Report on vaccination in Madras 1895-1903 - 1895-1903
Year: 1895
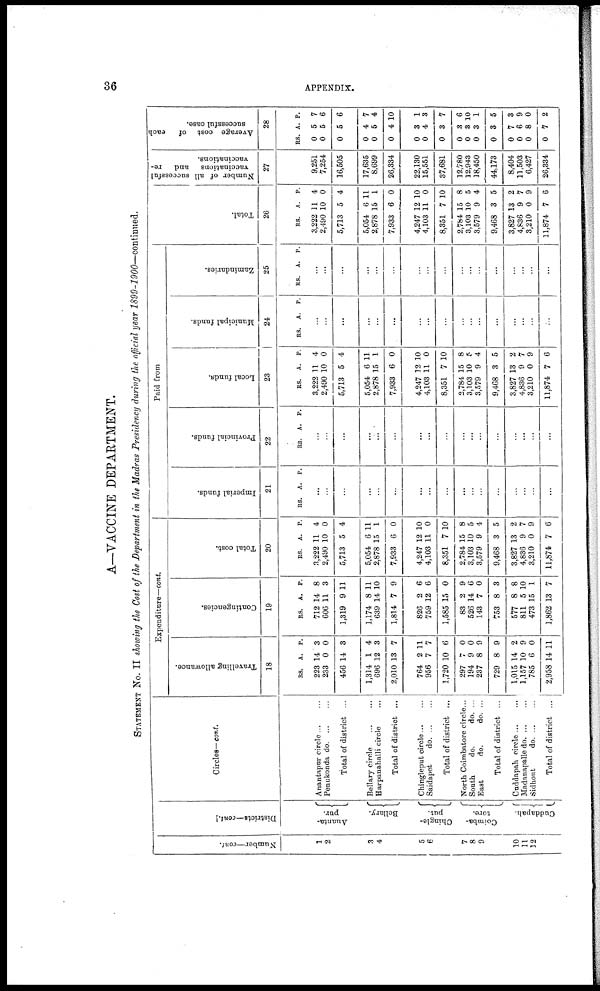
36
APPENDIX.
A—VACCINE DEPARTMENT.
STATEMENT No. II showing the Cost of the Department in the Madras Presidency during the official year 1899-1900—continued.
Number—cont.
1
2
3
4
5
6
7
8
9
10
11
12
Districts—cont.
Ananta¬
pur.
Bellary.
Chingle¬
put.
Coimba¬
tore.
Cuddapah.
Circles—cont.
Anantapur circle ... ...
Penukonda do. ... ...
Total of district ...
Bellary circle
...
...
Harpanahalli circle ...
Total of district ...
Chingleput circle ... ...
Saidapet
d
o
. ... ...
Total of district ...
North Coimbatore circle...
South
do.
do. ...
East
do.
do. ...
Total of district ...
Cuddapah circle ... ...
Madanapalle d
o
. ... ...
Sidhout
d
o
. ... ...
Total of district ...
Expenditure—cont.
Travelling allowance.
18
RS.
223
233
456
1,314
696
2,010
764
956
1,720
297
194
237
729
1,015
1,157
785
2,958
A.
14
0
14
1
12
13
2
7
10
7
9
8
8
14
10
6
14
P.
3
0
3
4
3
7
11
7
6
0
0
9
9
2
9
0
11
Contingencies.
19
RS.
712
606
1,319
1,174
639
1,814
826
759
1,585
83
526
143
753
577
811
473
1,862
A.
14
11
9
8
14
7
2
12
15
2
14
7
8
8
5
15
13
P.
8
3
11
11
10
9
6
6
0
9
6
0
3
8
10
1
7
Total cost.
20
RS.
3,222
2,490
5,713
5,054
2,878
7,933
4,247
4,103
8,351
2,784
3,103
3,579
9,468
3,827
4,836
3,210
11,874
A.
11
10
5
6
15
6
12
11
7
15
10
9
3
13
9
0
7
P.
4
0
4
11
1
0
10
0
10
8
5
4
5
2
7
9
6
Paid from
Imperial funds.
21
RS. A. P.
...
...
...
...
...
...
...
...
...
...
...
...
...
...
...
...
...
Provincial funds.
22
RS. A. P.
...
...
...
...
...
...
...
...
...
...
...
...
...
...
...
...
...
Local funds.
23
RS.
3,222
2,490
5,713
5,054
2,878
7,933
4,247
4,103
8,351
2,784
3,103
3,579
9,468
3,827
4,836
3,210
11,874
A.
11
10
5
6
15
6
12
11
7
15
10
9
3
13
9
0
7
P.
4
0
4
11
1
0
10
0
10
8
5
4
5
2
7
9
6
Municipal funds.
24
RS. A. P.
...
...
...
...
...
...
...
...
...
...
...
...
...
...
...
...
...
Zamindaries.
25
RS. A. P.
...
...
...
...
...
...
...
...
...
...
...
...
...
...
...
...
...
Total.
26
RS.
3,222
2,490
5,713
5,054
2,878
7,933
4,247
4,103
8,351
2,784
3,103
3,579
9,468
3,827
4,836
3,210
11,874
A.
11
10
5
6
15
6
12
11
7
15
10
9
3
13
9
0
7
P.
4
0
4
11
1
0
10
0
10
8
5
4
5
2
7
9
6
Number of all successful
vaccinations
and re¬
vaccinations.
27
9,251
7,254
16,505
17,635
8,699
26,334
22,130
15,551
37,681
12,780
12,943
18,450
44,173
8,404
11,503
6,427
26,334
Average cost of
each
successful case.
28
RS.
0
0
0
0
0
0
0
0
0
0
0
0
0
0
0
0
0
A.
5
5
5
4
5
4
3
4
3
3
3
3
3
7
6
8
7
P.
7
6
6
7
4
10
1
3
7
6
10
1
5
3
9
0
2